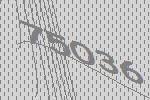
75036